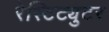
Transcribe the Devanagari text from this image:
रेस्टिट्युटर